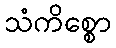
သံကိစ္စော